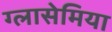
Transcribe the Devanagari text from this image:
ग्लासेमिया